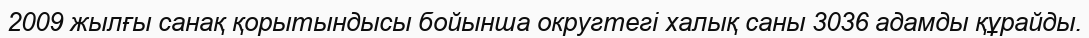
2009 жылғы санақ қорытындысы бойынша округтегі халық саны 3036 адамды құрайды.